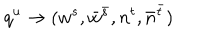
q ^ { u } \to ( w ^ { s } , \bar { w } ^ { \bar { s } } , n ^ { t } , \bar { n } ^ { \bar { t } } )